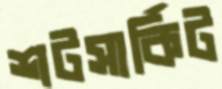
শটসার্কিট